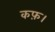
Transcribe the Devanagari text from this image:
कफ़।